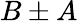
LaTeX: B\pm A